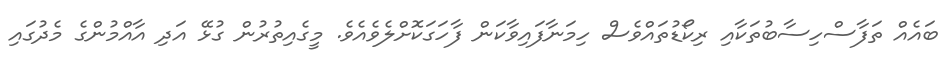
ބައެއް ތަފާސްހިސާބުތަކާއި ރިކޯޑުތައްވެސް ހިމަނާފައިވާކަން ފާހަގަކޮށްލެވެއެވެ. މީގެއިތުރުން ގުޅޭ އަދި އާއްމުންގެ މެދުގައި